Alphabetical list of drugs, medicines and other preparations free from, and containing, spirit compiled from the results of tests made by the customs houses at Calcutta, Bombay, and Madras
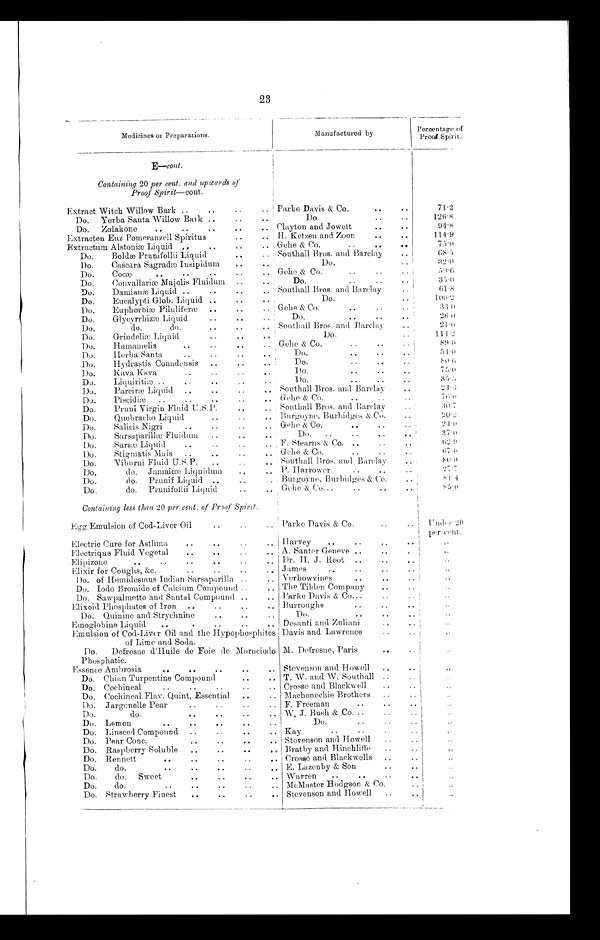
23
Medicines or Preparations.
Manufactured by
Percentage of
Proof Spirit.
E—cont.
Containing 20 per cent. and upwards of
Proof Spirit—cont.
Extract Witch Willow Bark ..
..
.. Parke Davis & Co.
.. ..
71.2
Do.
Yerba Santa Willow Bark ..
..
..
DO.
..
1 2 6 . 8
Do.
Zolakone
..
..
..
..
.. Clayton and Jowett
..
..
9 4 . 8
Extracten Euz Pomeranzell Spiritus
..
.. H. Ketzen and Zoon
..
. .
1 1 4 . 9
Extractum Alstoniæ Liquid
..
..
..
.. Gehe & Co .
..
..
..
75.0
Do.
Boldæ Prunifollii Liquid
..
" Southall Bros. and Barclay
..
6 8 . 5
Do.
Cascara Sagradæ Insipidum
..
..
.
Do.
..
3 2 . 0
Do,
Cocæ
..
..
..
..
.. Gehe & Co.
..
..
..
5 9 . 6
Do.
Convallariæ Majolis Fluidum
..
Do.
..
3 5 . 0
Do.
Damisinæ Liquid ..
..
..
.. Southall Bros. and Barelay
. .
6 1 . 8
Do.
Eucalypti Glob. Liquid ..
Do.
. .
1 0 0 . 2
Do.
Euphorbiæ Piluliferæ
..
..
.. Gehe & Co,
..
,.
..
3 3 . 0
Do.
Glyeyrrhizæ Liquid
..
..
Do.
..
..
..
2 6 . 0
Do.
do.
do.
..
..
! Southall Bros. and Barelay
..
2 1 . 0
Do.
Grindeliæ Liquid
..
..
..
Do.
..
114.2
Do.
Hamamelis
..
..
. .
Gehe & Co.
..
..
.,
8 9 . 6
Do.
Herba Santa
..
..
..
Do.
..
.. ..
51.0
Do,
Hydrastis Conadensis
..
..
..
Do.
,.
..
8 0 . 6
Do.
Kava Kava
..
..
. .
Do.
..
..
..
7 5 . 0
Do,
Liquiritiæ
..
. .
. .
. . .
D0.
.. ..
. .
3 5 . 5
Do.
Pareiræ Liquid ..
.. ..
.. Southall Bros. and Barelay
..
2 4 . 3
Do.
Piscidiæ
..
..
..
..
. . Gehe & Co,
..
..
..
7 6 . 0
Do.
Pruni Virgin Fluid U.S.P.
..
. . Southall Bros. and Barelay
..
3 0 . 7
Do.
Quebracho Liquid
..
Burgoyne, Burbidges & Co.
. .
2 0 . 2
Do.
Salicis Nigri
..
..
..
.. Gehe & Co.
..
..
2 4 . 0
Do.
Sarsaparillæ Fluidum
"
..
..
Do.
..
..
..
..
37.0
I )o,
Sarsæ Liquid
..
..
..
.. F. Stearns & Co. ..
..
..
6 2 . 9
Do.
Stigmatis Mais
..
..
..
.. Gehe & Co.
..
..
..
6 7 . 0
Do,
Viburni Fluid U,S,P.
..
.. Southall Bros. and Barelay
..
8 0 . 0
Do.
do. jamaicæ Li quidum
..
.. P, Harrower
..
..
..
2 7 . 7
Do.
do,
Prunif Liquid ..
..
Bungoyne, Burbidges & Co.
, .
8 1
4
Do.
do.
Prunifollii Liquid.. .. Gehe & Co .. .
..
..
. .
5.0
Containing less than 20 per cent. of Proof Spirit.
Egg Emulsion of. Cod-Liver Oil
..
..
. . Parke Davis & Co.
Under 2 0
per cent.
Electric Cure for Asthma
..
..
..
. . Harvey
..
..
"
Electrique Fluid. Vegetal
..
. .
. .
. . . A. Santer Geneve ..
.
.
"
E l ip izone
..
. .
. .
. .
. .
. . Dr. H. J. Root ..
.. ..
,.
Elixir for Coughs, &c.
..
..
, " James
..
,.
. .
. .
Do. of Hemidesmus Indian Sarsaparilla ..
. . Verhowvines
..
..
,.
.,
Do. Iodo Bromide of Calcium Compound ..
.. The Tilden Company
.. ..
"
Do. Sawpalmetto and Santal Compound ..
.. Parke Davis & Co...
Elixoid Phosphates of Iron ..
..
.. Burroughs
..
..
. .
Do. Quinine and Strychnine
..
.. .. .
Do. .
..
. .
"
Emoglobine Liquid.
..
. , Desanti and Zuliani
. . . .
Emulsion of Cod-Liver Oil and the
H y p o p h o s p h i t e s
of Lime and Soda.
Davis and Lawrence
..
, ,
Do.
Defresne d'Huile de Foie de
M o r n c i o d o
Phosphatic.
M. Defresne, Paris
..
..
Essence Ambrosia
..
..
..
..
., Stevenson and Howell
..
Do. Chian Turpentine Compound
..
.. T. W. and A.. Southall ..
Do. Cochineal
..
..
..
..
.. Crosse and Blackwell
,.
..
Do. Cochineal Flav. Quint, Essential
..
,. Machonochie Brothers
..
Do. Jargonelle Pear
. .
. .
. .
. . F. Freeman
..
..
.
Do.
do.
. .
. .
. .
. . W, J, Bush & Co, .,
,.
Do. Lemon
..
..
..
..
..
Do.
..
..
..
Do. Linseed Compound
,.
..
.. Kay
..
..
..
..
Do. Pear Conc.
..
..
..
.. ..
Stevenson and Howell
..
. .
. .
Do. Raspberry Soluble
..
..
..
.. Bratby and Hinchliffe
Do. Rennett
..
..
..
..
.. Crosse and Blackwells
..
..
"
Do.
do.
..
..
..
..
E. Lazenby & Son
..
..
Do.
do.
Sweet
..
..
.. Warren
..
. .
. .
. .
Do.
do.
..
..
..
..
.. McMaster Hodgson & Co,
„
.
.
Do. Strawberry Finest
..
..
..
.. Stevenson and Howell
..